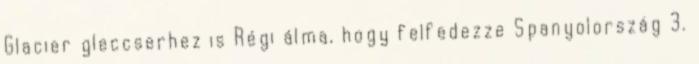
Glacier gleccserhez is Régi álma, hogy felfedezze Spanyolország 3.